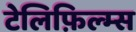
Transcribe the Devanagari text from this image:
टेलिफ़िल्म्स